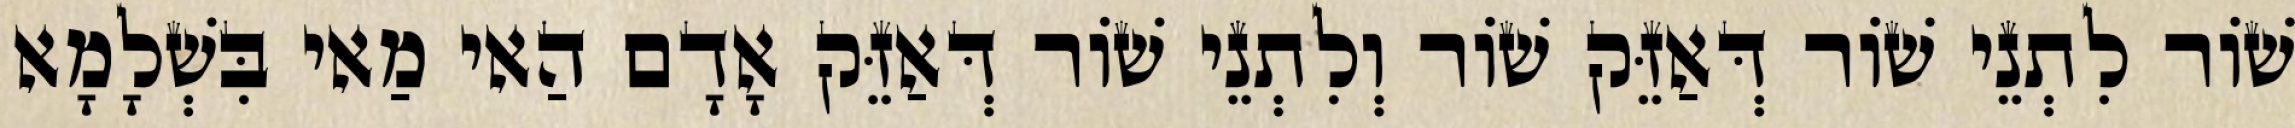
שׁוֹר לִתְנֵי שׁוֹר דְּאַזֵּק שׁוֹר וְלִתְנֵי שׁוֹר דְּאַזֵּק אָדָם הַאי מַאי בִּשְׁלָמָא